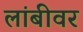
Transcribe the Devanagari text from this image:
लांबीवर